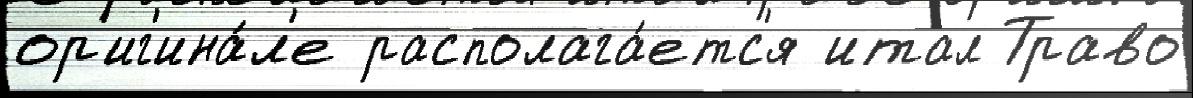
ор'иг'ина́л'е располага́етс'я итал Траво